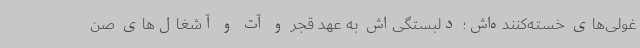
غولی‌های خسته‌کننده‌اش؛ دلبستگی‌اش به عهد قجر و آت و آشغال‌های صن